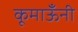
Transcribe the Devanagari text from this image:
कूमाऊँनी